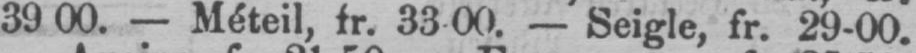
3900. - Méteil, fr. 3300 - Seigle, fr. 29-00.